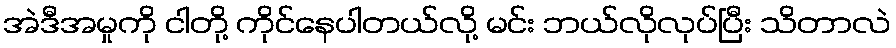
အဲဒီအမှုကို ငါတို့ ကိုင်နေပါတယ်လို့ မင်း ဘယ်လိုလုပ်ပြီး သိတာလဲ